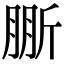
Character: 𣂤